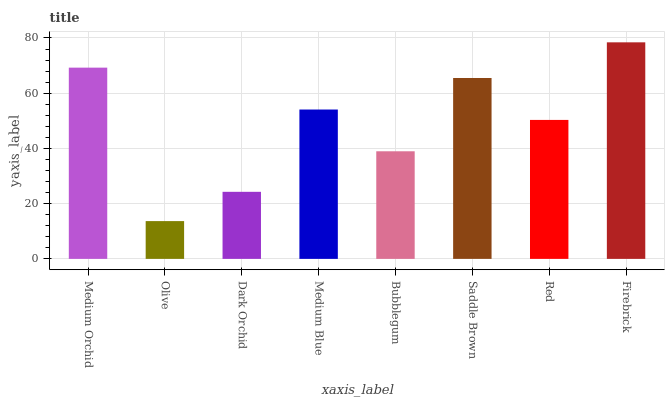
| xaxis_label | bars |
 | --- | --- |
 | Medium Orchid | 69.3 |
 | Olive | 13.7 |
 | Dark Orchid | 24.3 |
 | Medium Blue | 54.1 |
 | Bubblegum | 39 |
 | Saddle Brown | 65.5 |
 | Red | 50.3 |
 | Firebrick | 78.4 |